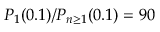
P _ { 1 } ( 0 . 1 ) / P _ { n \geq 1 } ( 0 . 1 ) = 9 0